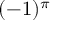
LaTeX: ( - 1 ) ^ { \pi }